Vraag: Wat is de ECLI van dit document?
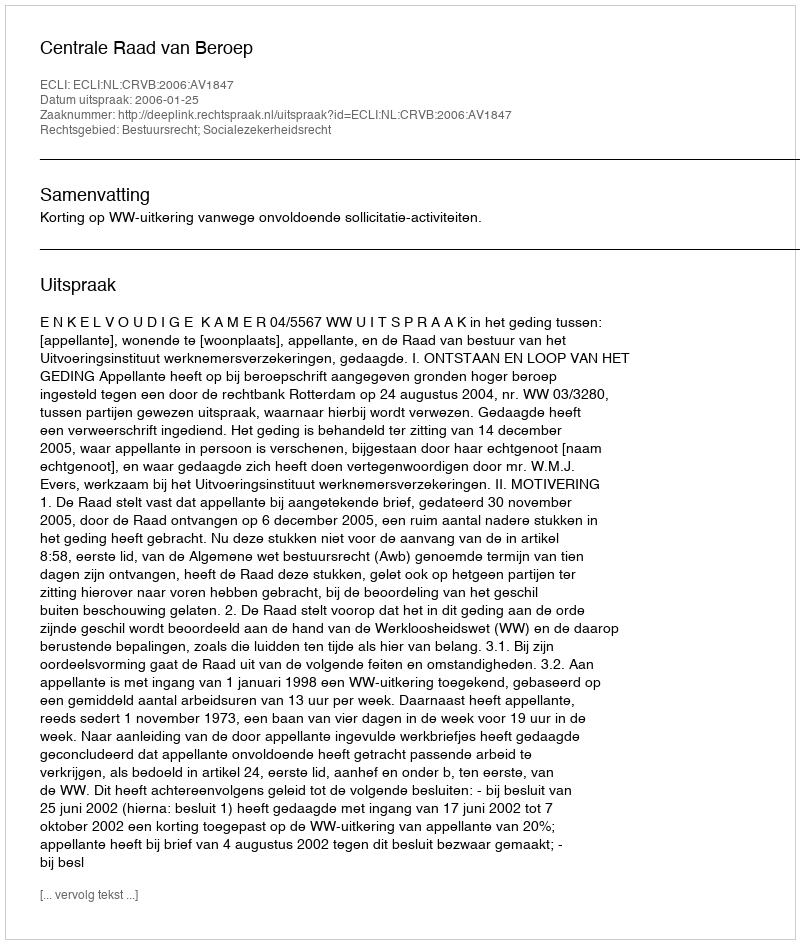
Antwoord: ECLI:NL:CRVB:2006:AV1847